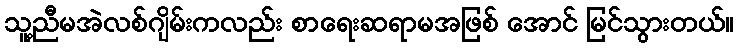
သူ့ညီမအဲလစ်ဂျိမ်းကလည်း စာရေးဆရာမအဖြစ် အောင် မြင်သွားတယ်။